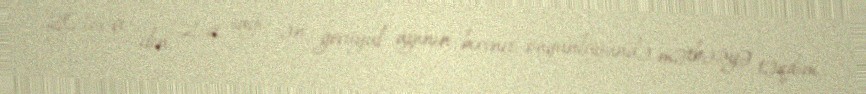
2016-cı ilin 2-ci sayı ən geciiyul ayının birinci ongünlüyündə mətbəəyə təqdim